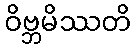
ဝိဗ္ဘမိဿတိ